Report on sanitation, dispensaries, and jails in Rajputana for 1916, and on vaccination for the year 1916-1917 - 1916-1917
Year: 1916
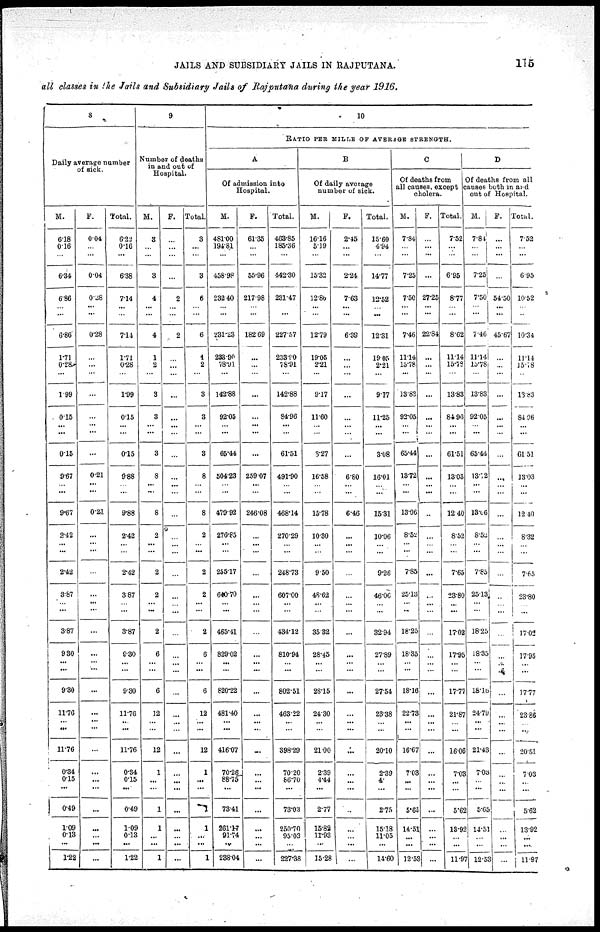
JAILS AND SUBSIDIARY JAILS IN RAJPUTANA.
115
all classes in the Jails and Subsidiary Jails of Rajputana during the year 1916.
8
Daily average number
of sick.
M.
6.18
0.16
...
6.34
6.86
...
...
6.86
1.71
0.28
...
1.99
0.15
...
...
0.15
9.67
...
...
9.67
2.42
...
...
2.42
3.87
... ...
3.87
9.30
...
...
9.30
11.76
...
...
11.76
0.34
0.15
...
0.49
1.09
0.13
...
1.22
F.
0.04
...
...
0.04
0.28
...
...
0.28
...
...
...
...
...
...
...
...
0.21
...
...
0.21
...
...
...
...
...
...
...
...
...
...
...
...
...
...
...
...
...
...
...
...
...
...
...
...
Total.
6.23
0.16
...
6.38
7.14
...
...
7.14
1.71
0.28
...
1.99
0.15
...
...
0.15
9.88
...
...
9.88
2.42
...
...
2.42
3.87
...
...
3.87
0.30
...
...
9.30
11.76
...
...
11.76
0.34
0.15
...
0.49
1.09
0.13
...
1.22
9
Number of deaths
in and out of
Hospital.
M.
3
...
...
3
4
...
...
4
1
2
...
3
3
...
...
3
8
...
...
8
2
...
...
2
2
...
...
2
6
...
...
6
12
...
...
12
1
...
...
1
1
...
...
1
F.
...
...
...
...
2
...
...
2
...
...
...
...
...
...
...
...
...
...
...
...
...
... ...
...
...
... ...
...
...
...
...
...
...
...
...
...
...
...
...
...
...
...
...
...
Total.
3
...
...
3
6
...
...
6
1
2
...
3
3
...
...
3
8
...
...
8
2
... ...
2
2
...
...
2
6
...
...
6
12
...
...
12
1
...
...
1
1
...
...
1
10
RATIO PER MILLE OF AVERAGE STRENGTH.
A
Of admission into
Hospital.
M.
481.00
194.81
...
458.98
23.40
...
...
231.28
238.90
78.91
...
142.88
92.05
...
...
65.44
504.23
...
...
479.92
276.85
...
...
255.17
640.70
... ...
465.41
829.02
...
...
820.22
481.40
...
...
416.07
70.26
88.75
...
73.41
261.17
91.74
...
238.04
F.
61.35
...
...
55.96
217.98
...
...
182.69
...
...
...
...
...
...
...
...
259.07
...
...
246.08
...
...
...
...
...
...
...
...
...
...
...
...
...
...
...
...
...
...
...
...
...
...
...
...
Total.
463.85
185.36
...
442.30
231.47
...
...
227.57
233.10
78.91
...
142.88
84.96
...
...
61.51
491.90
...
...
468.14
270.29
... ...
248.73
607.00
...
...
434.12
810.94
...
...
802.51
463.22
...
...
398.29
70.20
86.70
...
73.03
250.70
95.03
...
227.38
B
Of daily average
number of sick.
M.
16.16
5.19
...
15.32
12.86
...
...
12.79
19.05
2.21
...
9.17
11.60
...
...
3.27
16.58
...
...
15.78
10.30
...
...
9.50
48.62
...
...
35.32
28.45
...
...
28.15
24.30
...
...
21.00
2.39
4.44
...
2.77
15.82
11.93
...
15.28
F.
2.45
...
...
2.24
7.63
...
...
6.39
...
...
...
...
...
...
...
...
6.80
...
...
6.46
...
...
...
...
...
...
...
...
...
...
...
...
...
...
...
...
...
...
...
...
...
...
...
...
Total.
15.60
4.94
...
14.77
12.52
...
...
12.31
19.05
2.21
...
9.17
11.25
...
...
3.08
16.01
...
...
15.31
10.06
...
...
9.26
46.06
... ...
32.94
27.89
...
...
27.54
23.38
...
...
20.10
2.39
4
...
2.75
15.18
11.05
...
14.60
C
Of deaths from
all causes, except
cholera.
M.
7.84
...
...
7.25
7.50
...
...
7.46
11.14
15.78
...
13.83
92.05
... ...
65.44
13.72
...
...
13.06
8.52
... ...
785
25.13
...
...
18.25
18.35
...
...
18.10
22.73
...
...
16.67
7.03
...
...
5.65
14.51
...
...
12.53
F.
...
...
...
...
27.25
...
...
22.84
...
...
...
...
...
...
...
...
...
...
...
...
...
... ...
...
...
...
...
...
...
...
...
...
...
...
...
...
...
...
...
...
...
...
...
...
Total
7.52
...
...
6.95
8.77
...
...
8.62
11.14
15.79
...
13.83
84.96
...
...
61.51
13.03
...
...
12.40
8.52
...
...
7.65
23.80
...
...
17.02
17.95
...
...
17.77
21.87
...
...
16.06
7.03
...
...
5.62
13.92
...
...
11.97
D
Of deaths from all
causes both in and
out of Hospital.
M.
7.81
...
...
7.25
7.50
...
...
7.46
11.14
l5.78
...
13.83
92.05
...
...
65.44
13.72
...
...
18.06
8.52
...
...
7.85
25.13
...
...
18.25
18.35
...
...
18.16
24.70
...
...
21.43
7.06
...
...
5.65
14.51
...
...
12.53
F.
...
...
...
...
54.50
...
...
45.67
...
...
...
...
...
...
...
...
...
...
...
...
...
...
...
...
...
...
...
...
...
...
...
...
...
...
...
...
...
...
...
...
...
...
...
...
Total.
7.52
...
...
6.95
10.52
...
...
10.34
11.14
15.78
...
13.83
84.06
...
...
61.51
13.03
...
...
12. 40
8.32
...
...
7.65
23.80
... ...
17.02
17.95
...
...
17.77
23.86
...
...
20.51
7.03
...
...
5.62
13.92
...
...
11.97